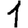
Digit: 1